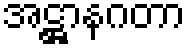
အဋ္ဌာနဂတာ